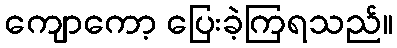
ကျောကော့ ပြေးခဲ့ကြရသည်။